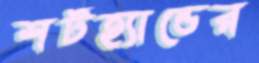
শর্টহ্যান্ডের